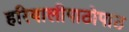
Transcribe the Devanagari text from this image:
हरियालीपाठोपाठ